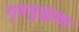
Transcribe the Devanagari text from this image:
गृहयुद्धावर